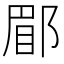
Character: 郿